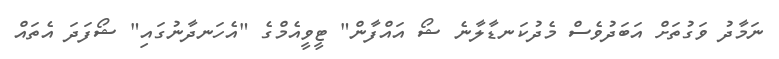
ނަމާދު ވަގުތަށް އަބަދުވެސް މެދުކަނޑާލާނެ ޝޯ އައްފާން" ޓީވީއެމްގެ "އެހަނދާނުގައި" ޝޯފަދަ އެތައް